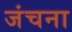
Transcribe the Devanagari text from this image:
जंचना